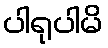
ပါရုပါမိ